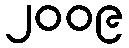
၂၀၀၉